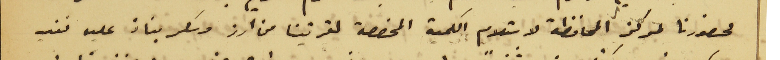
لحضورنا لمركز المحافظة لاستلام الكمية المخصصة لقريتنا من ارز وسكر بناءً عليه نفيد